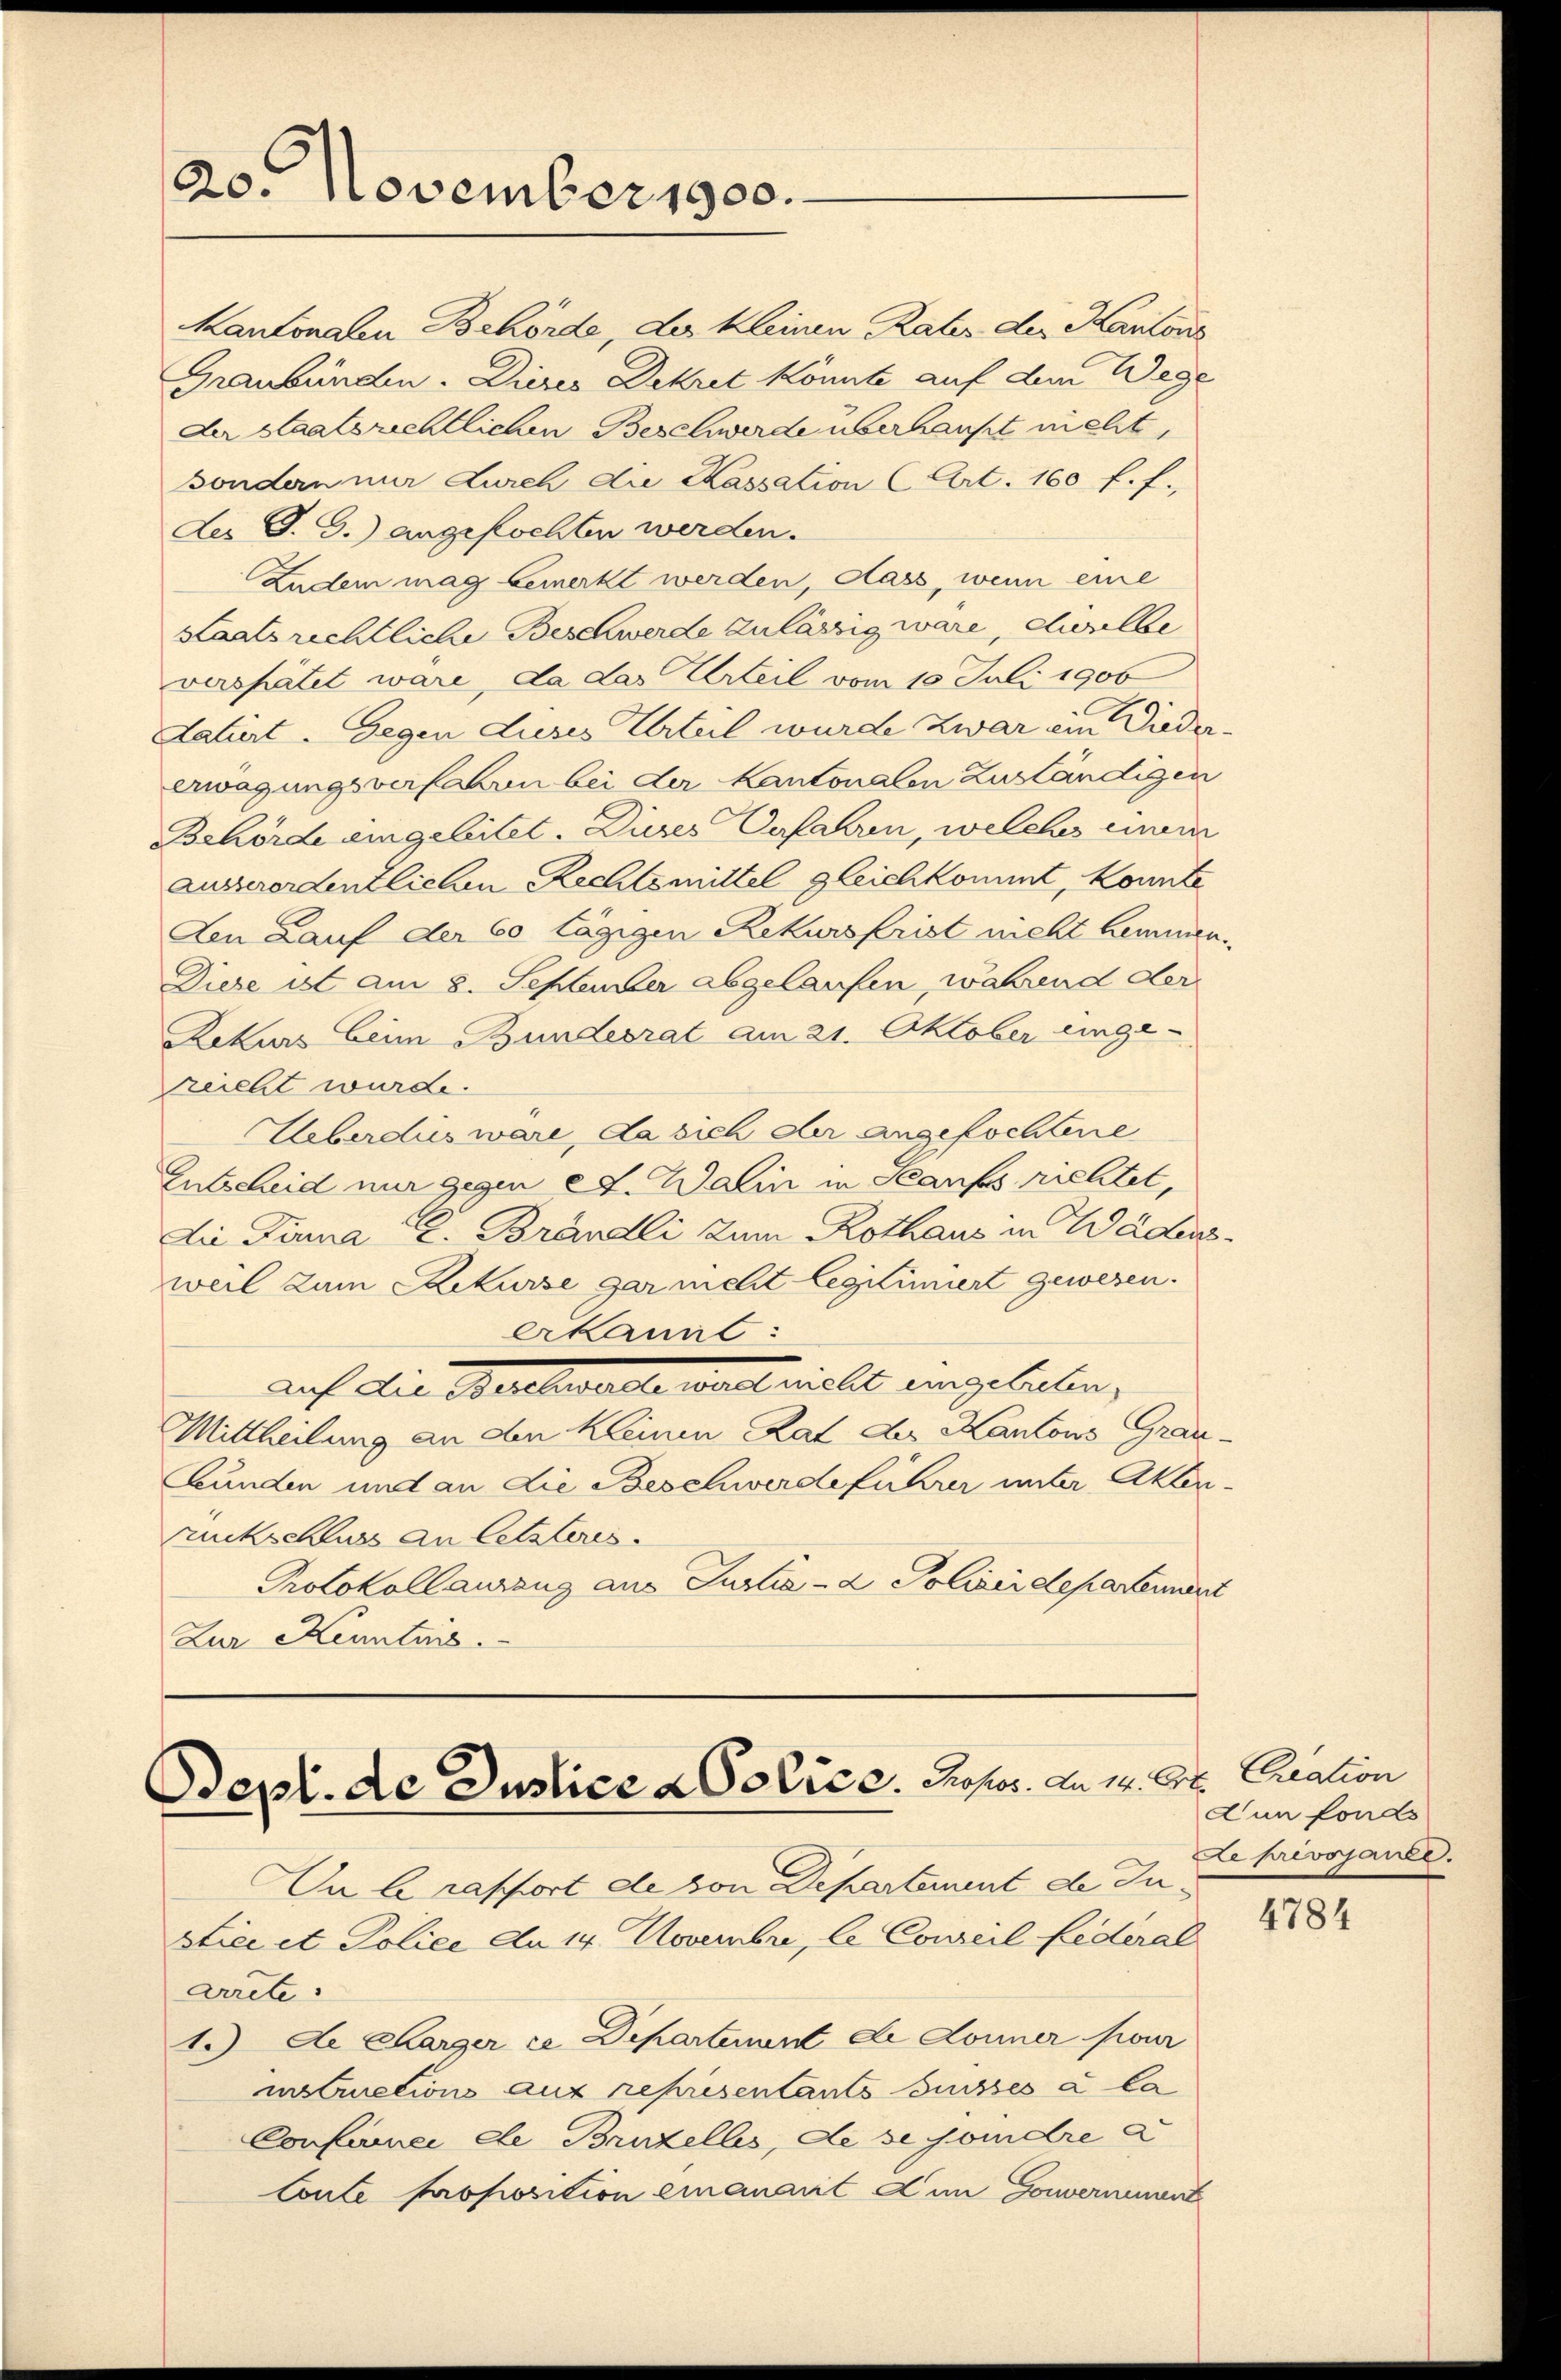
20. November 1900.

des P. G.) angefochten werden.
Zudem mag bemerkt werden, dass, wenn eine
staatsrechtliche Beschwerde zulässig wäre, etwelbe
verspätet wäre, da das Urteil vom 10. Juli 1906
datiert. Gegen dieses Urteil wurde zwar ein Diedererwägungsverfahren bei der Kantonalen Zuständigen
Behörde eingeleitet. Dieses Verfahren, welches einem
ausserordentlichen Rechtsmittel gleichkommt, konnte
Den Lauf der 60 lägigen Rekursfrist nicht kommen.
Diese ist am 8. September abgelaufen, während der
Zekurs beim Bundesrat am 21. Oktober einge-
reicht wurde.
Ueberdies wäre, da sich der angefochtene
Entscheid nur gegen et. Walin in Staufs richtet,
Die Firma C. Brändli zum Rothaus in Wädensweil zum Rekurse gar nicht legitimiert gewesen.
erkannt:
auf die Beschwelle walt nicht eingeleben,
Mittheilung an den kleinen Rat des Kantons Grau-
Bunden und an die Beschwerdeführer unter Akten-
ruckschluss an letzteres.
Protokollauszug aus Justiz- & Polizeidepartement
Zur Kenntnis.

Kantonalen Behörde, der kleinen Rates des Kantons
Graubünden. Dieres Dekret könnte auf dem Wege
der staatsrichtlichen Beschwerde überhaupt nicht,
sonden nur Leich die Kassation (Art. 160 f. f.

Dept. de Duplice a Police Proser. Am 14. Ok

In le rapport de von Departement de Justice et Police An 14. Novembri, le Conseil Lederal
Arrete.
1.) Di Carger ce Departement die Donner pour
nstruction aus représentants ausses aka
Conferei de Bruzellis, de se soindre a
Conte Proposition einanart den Gouvernennt

Cration
dun fonds
Le prévojanee.

4784